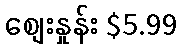
စျေးနှုန်း $5.99